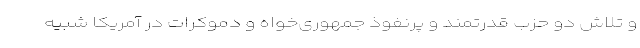
و تلاش دو حزب قدرتمند و پرنفوذ جمهوری‌خواه و دموکرات در آمریکا شبیه